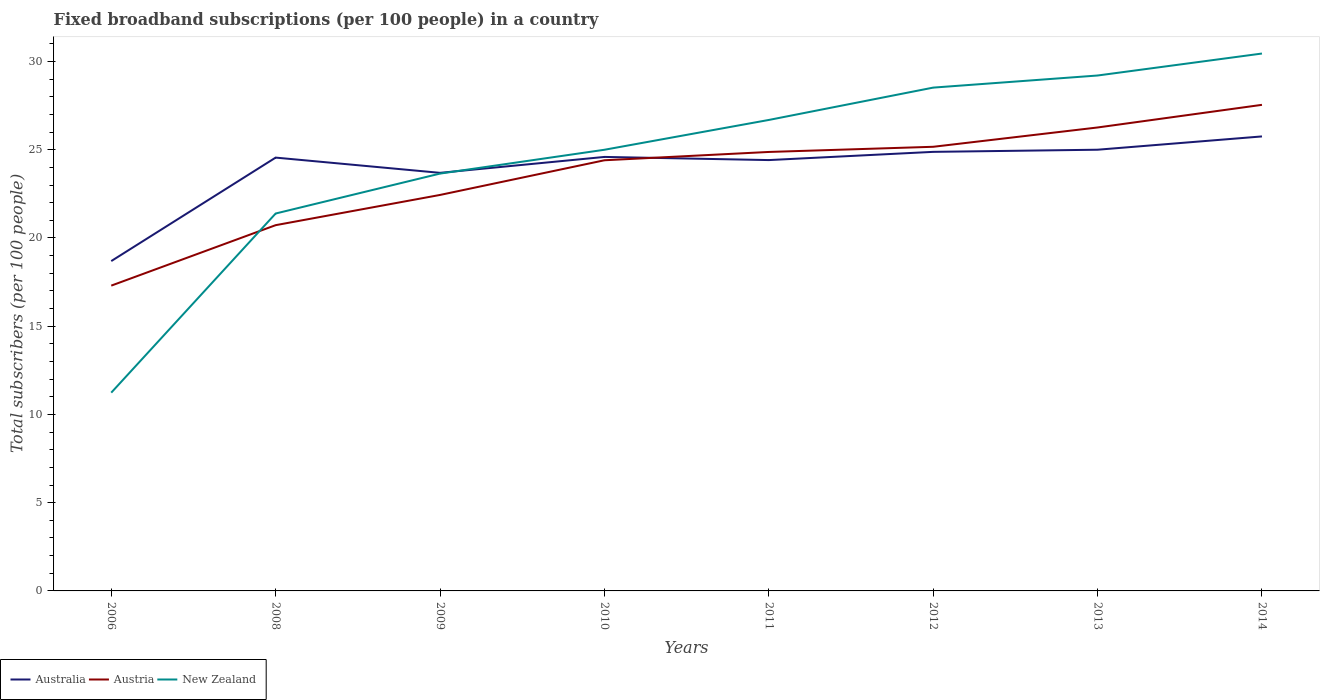
| Years | Australia | Austria | New Zealand |
 | --- | --- | --- | --- |
 | 2006 | 18.7 | 17.3 | 11.2 |
 | 2008 | 24.6 | 20.7 | 21.4 |
 | 2009 | 23.7 | 22.4 | 23.6 |
 | 2010 | 24.6 | 24.4 | 25 |
 | 2011 | 24.4 | 24.9 | 26.7 |
 | 2012 | 24.9 | 25.2 | 28.5 |
 | 2013 | 25 | 26.3 | 29.2 |
 | 2014 | 25.8 | 27.5 | 30.5 |